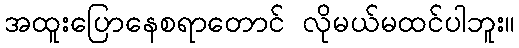
အထူးပြောနေစရာတောင် လိုမယ်မထင်ပါဘူး။